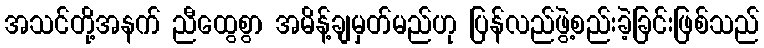
အသင်တို့အနက် ညီထွေစွာ အမိန့်ချမှတ်မည်ဟု ပြန်လည်ဖွဲ့စည်းခဲ့ခြင်းဖြစ်သည်